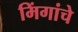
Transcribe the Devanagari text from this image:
मिंगांचे